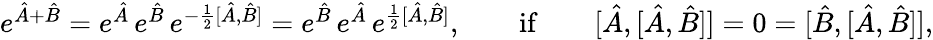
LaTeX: \begin{array}{r}{e^{\hat{A}+\hat{B}}=e^{\hat{A}}\, e^{\hat{B}}\, e^{-\frac{1}{2}[\hat{A},\hat{B}]}=e^{\hat{B}}\, e^{\hat{A}}\, e^{\frac{1}{2}[\hat{A},\hat{B}]},\qquad\mathrm{if}\qquad[\hat{A},[\hat{A},\hat{B}]]=0=[\hat{B},[\hat{A},\hat{B}]],}\end{array}